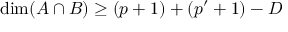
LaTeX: \dim ( A \cap B ) \ge ( p + 1 ) + ( p ^ { \prime } + 1 ) - D